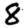
Digit: 8